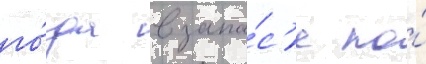
го́да в запа́с'е по́